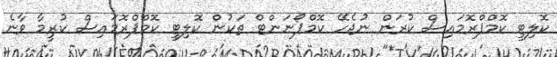
ކޮލިޓީ ކޮމްޕްރޮމައިސް ކުރަން ނުޖެހޭ ކޮމްޕޯނަންޓް ތަކުން ކޮލިޓީ ކޮމްޕްރޮމައިސް ކުރީމާ ވާނެ